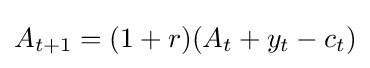
A_{t+1}=(1+r)(A_{t}+y_{t}-c_{t})